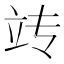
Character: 𫁟